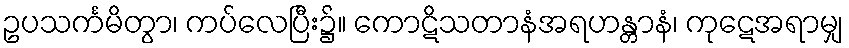
ဥပသင်္ကမိတွာ၊ ကပ်လေပြီး၌။ ကောဋိသတာနံအရဟန္တာနံ၊ ကုဋေအရာမျှ